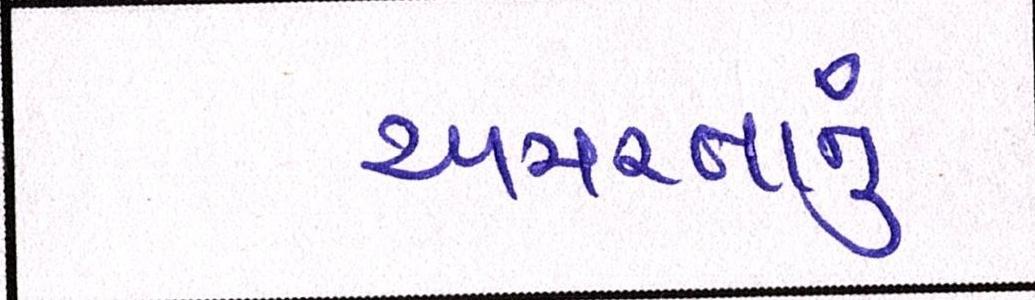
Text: અમરતાનું